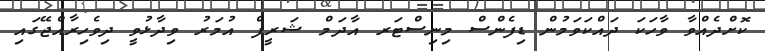
ކޮށްދެއްވާ ވާހަކަ ދައްކަވަމުން ޑިފެންސް މިނިސްޓަރ އާދަމް ޝަރީފް އުމަރު ވިދާޅުވީ ދިވެހިރާއްޖޭގައި